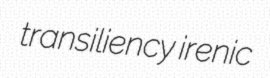
transiliency irenic